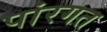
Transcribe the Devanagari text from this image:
पांरगत